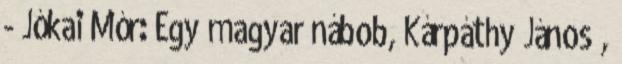
- Jókai Mór: Egy magyar nábob, Kárpáthy János ,